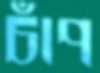
চাঁপ